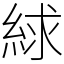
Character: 絿